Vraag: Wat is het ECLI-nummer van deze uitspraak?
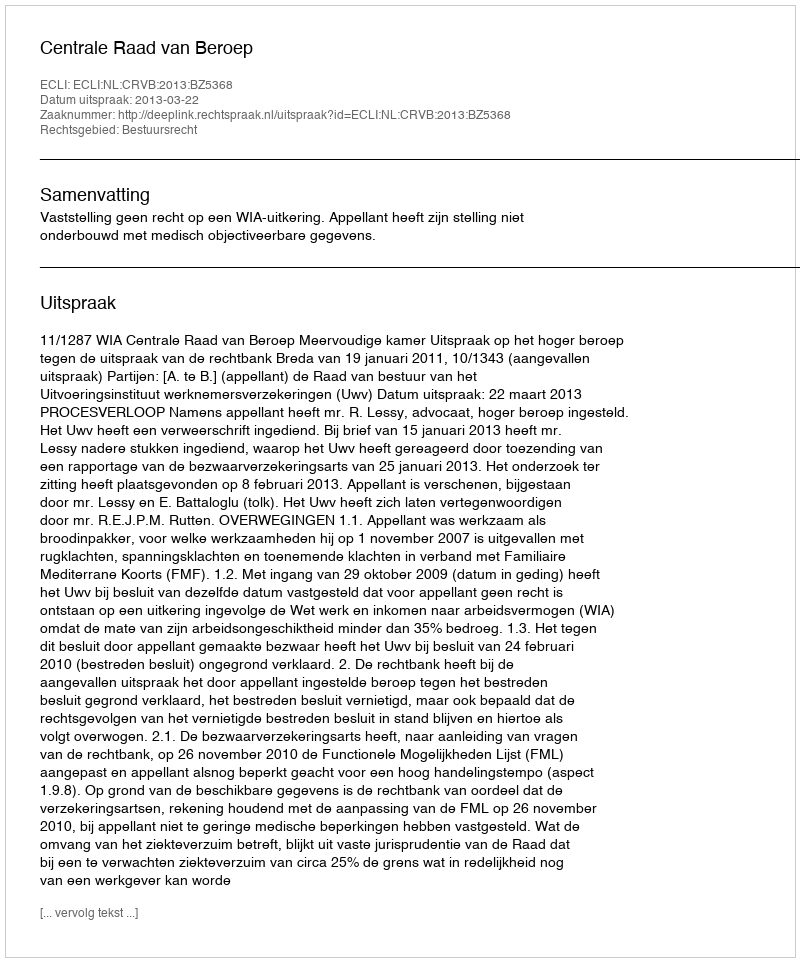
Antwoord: ECLI:NL:CRVB:2013:BZ5368